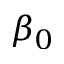
\beta _ { 0 }